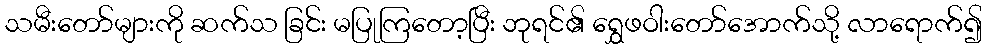
သမီးတော်များကို ဆက်သ ခြင်း မပြုကြတော့ပြီး ဘုရင်၏ ရွှေဖဝါးတော်အောက်သို့ လာရောက်၍